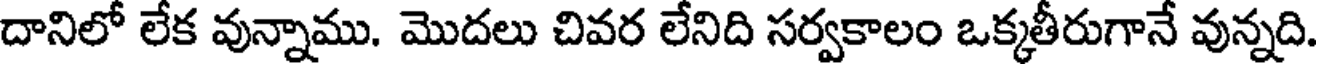
దానిలో లేక వున్నాము. మొదలు చివర లేనిది సర్వకాలం ఒక్కతీరుగానే వున్నది